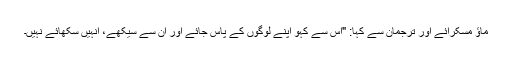
ماؤ مسکرائے اور ترجمان سے کہا: "اس سے کہو اپنے لوگوں کے پاس جائے اور ان سے سیکھے، انہیں سکھائے نہیں۔